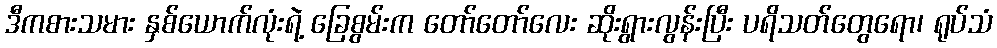
ဒီကစားသမား နှစ်ယောက်လုံးရဲ့ ခြေစွမ်းက တော်တော်လေး ဆိုးရွားလွန်းပြီး ပရိသတ်တွေရော၊ ရုပ်သံ